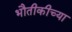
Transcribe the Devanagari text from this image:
भौतीकीच्या